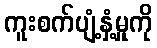
ကူးစက်ပျံ့နှံ့မှုကို